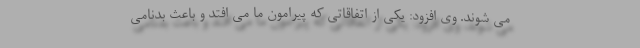
می شوند. وی افزود: یکی از اتفاقاتی که پیرامون ما می افتد و باعث بدنامی